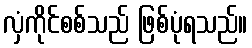
လှံကိုင်စစ်သည် ဖြစ်ပုံရသည်။